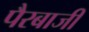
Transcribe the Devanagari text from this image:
पैरबाजी